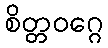
စိတ္တဝဂ္ဂေ